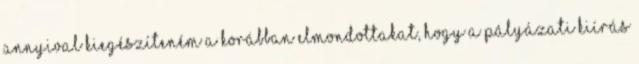
annyival kiegészíteném a korábban elmondottakat, hogy a pályázati kiírás